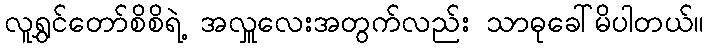
လူရွှင်တော်စိစိရဲ့ အလှူလေးအတွက်လည်း သာဓုခေါ်မိပါတယ်။